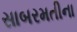
સાબરમતીના